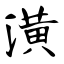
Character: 潢